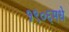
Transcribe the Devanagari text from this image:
१९०६मधे